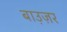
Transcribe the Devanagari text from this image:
बाउ़ज़र